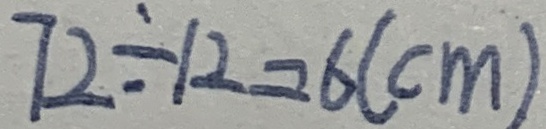
7 2 \div 1 2 = 6 ( c m )